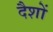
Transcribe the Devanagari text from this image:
दैशों